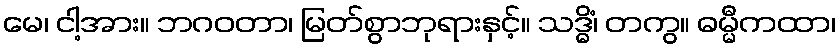
မေ၊ ငါ့အား။ ဘဂဝတာ၊ မြတ်စွာဘုရားနှင့်။ သဒ္ဓိံ၊ တကွ။ ဓမ္မီကထာ၊